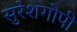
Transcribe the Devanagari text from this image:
सुरेशगोपी